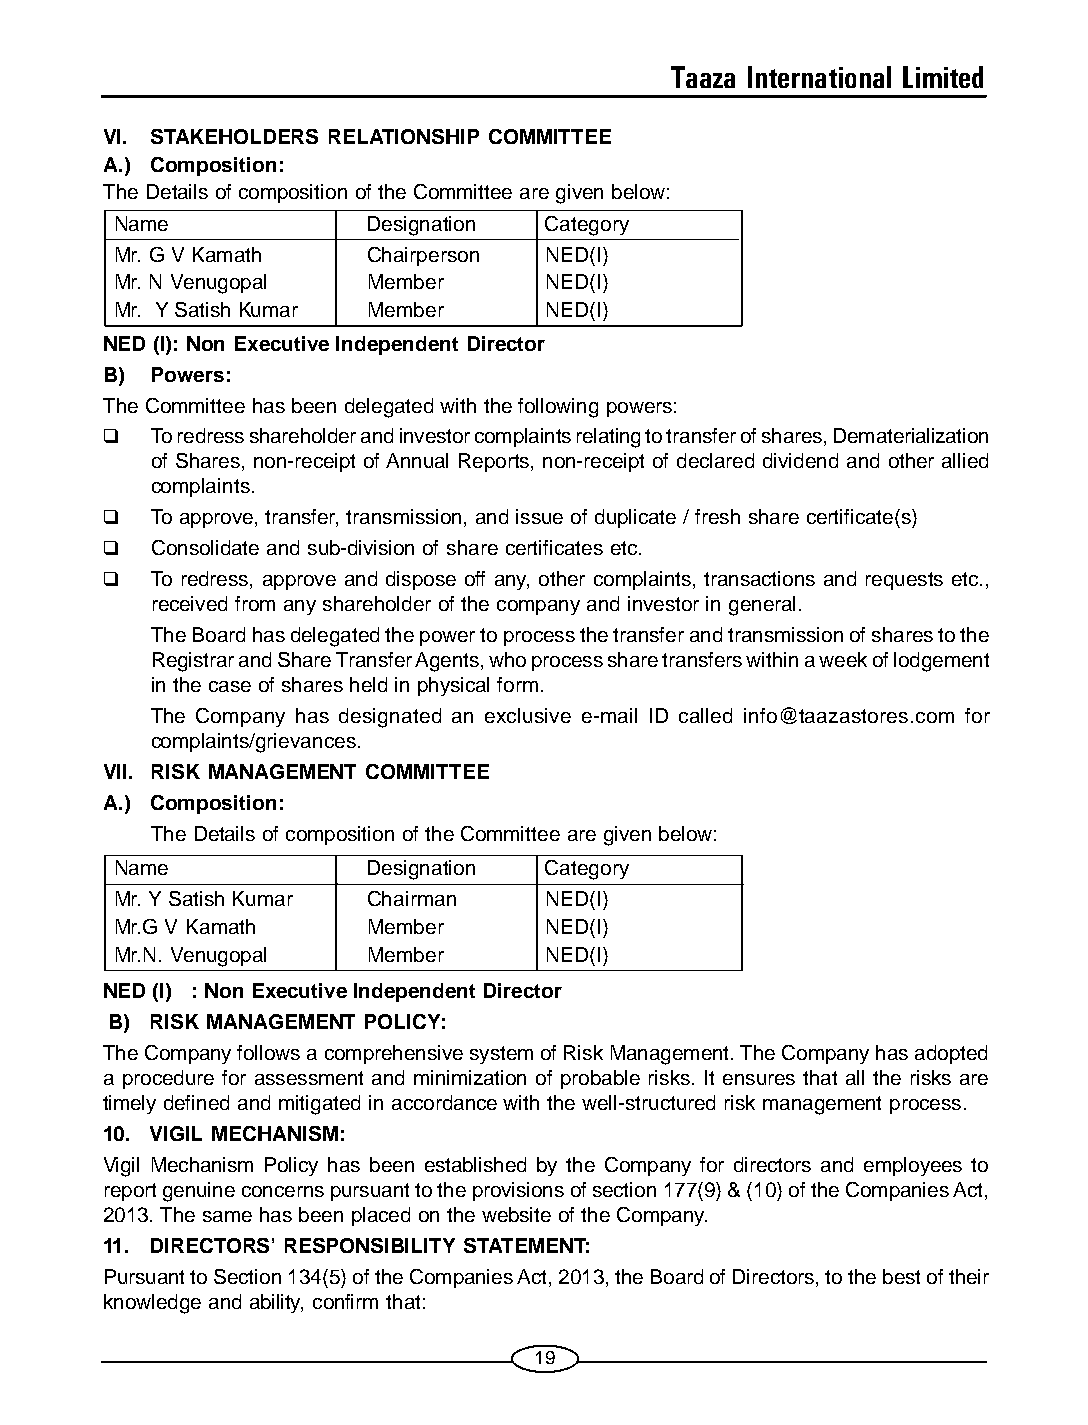
Taaza International Limited
 VI. STAKEHOLDERS RELATIONSHIP COMMITTEE
 A.) Composition:
 The Details of composition of the Committee are given below:
 Name            Designation Category
 Mr. G V Kamath  Chairperson NED(I)
 Mr. N Venugopal Member      NED(I)
 Mr. Y Satish Kumar Member   NED(I)
 NED (I): Non Executive Independent Director
 B) Powers:
 The Committee has been delegated with the following powers:
 ❑  To redress shareholder and investor complaints relating to transfer of shares, Dematerialization
 of Shares, non-receipt of Annual Reports, non-receipt of declared dividend and other allied
 complaints.
 ❑  To approve, transfer, transmission, and issue of duplicate / fresh share certificate(s)
 ❑  Consolidate and sub-division of share certificates etc.
 ❑  To redress, approve and dispose off any, other complaints, transactions and requests etc.,
 received from any shareholder of the company and investor in general.
 The Board has delegated the power to process the transfer and transmission of shares to the
 Registrar and Share Transfer Agents, who process share transfers within a week of lodgement
 in the case of shares held in physical form.
 The Company has designated an exclusive e-mail ID called info@taazastores.com for
 complaints/grievances.
 VII. RISK MANAGEMENT COMMITTEE
 A.) Composition:
 The Details of composition of the Committee are given below:
 Name            Designation Category
 Mr. Y Satish Kumar Chairman NED(I)
 Mr.G V Kamath   Member      NED(I)
 Mr.N. Venugopal Member      NED(I)
 NED (I) : Non Executive Independent Director
 B) RISK MANAGEMENT POLICY:
 The Company follows a comprehensive system of Risk Management. The Company has adopted
 a procedure for assessment and minimization of probable risks. It ensures that all the risks are
 timely defined and mitigated in accordance with the well-structured risk management process.
 10. VIGIL MECHANISM:
 Vigil Mechanism Policy has been established by the Company for directors and employees to
 report genuine concerns pursuant to the provisions of section 177(9) & (10) of the Companies Act,
 2013. The same has been placed on the website of the Company.
 11. DIRECTORS’ RESPONSIBILITY STATEMENT:
 Pursuant to Section 134(5) of the Companies Act, 2013, the Board of Directors, to the best of their
 knowledge and ability, confirm that:
 19